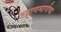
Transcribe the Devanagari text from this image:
उड्डाणमार्गाचा